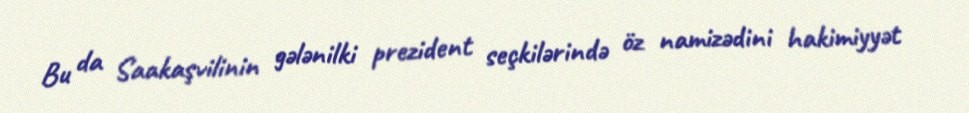
Bu da Saakaşvilinin gələnilki prezident seçkilərində öz namizədini hakimiyyət